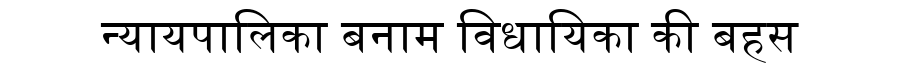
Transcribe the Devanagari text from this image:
न्यायपालिका बनाम विधायिका की बहस